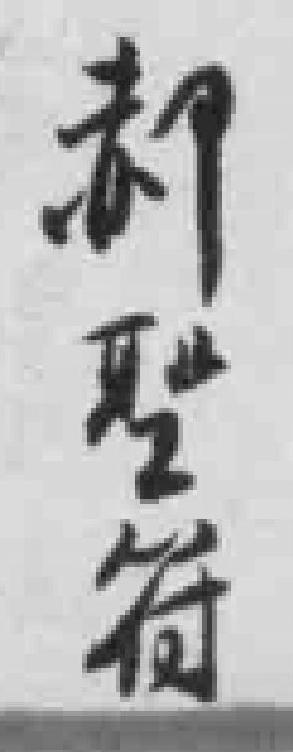
郝聖符